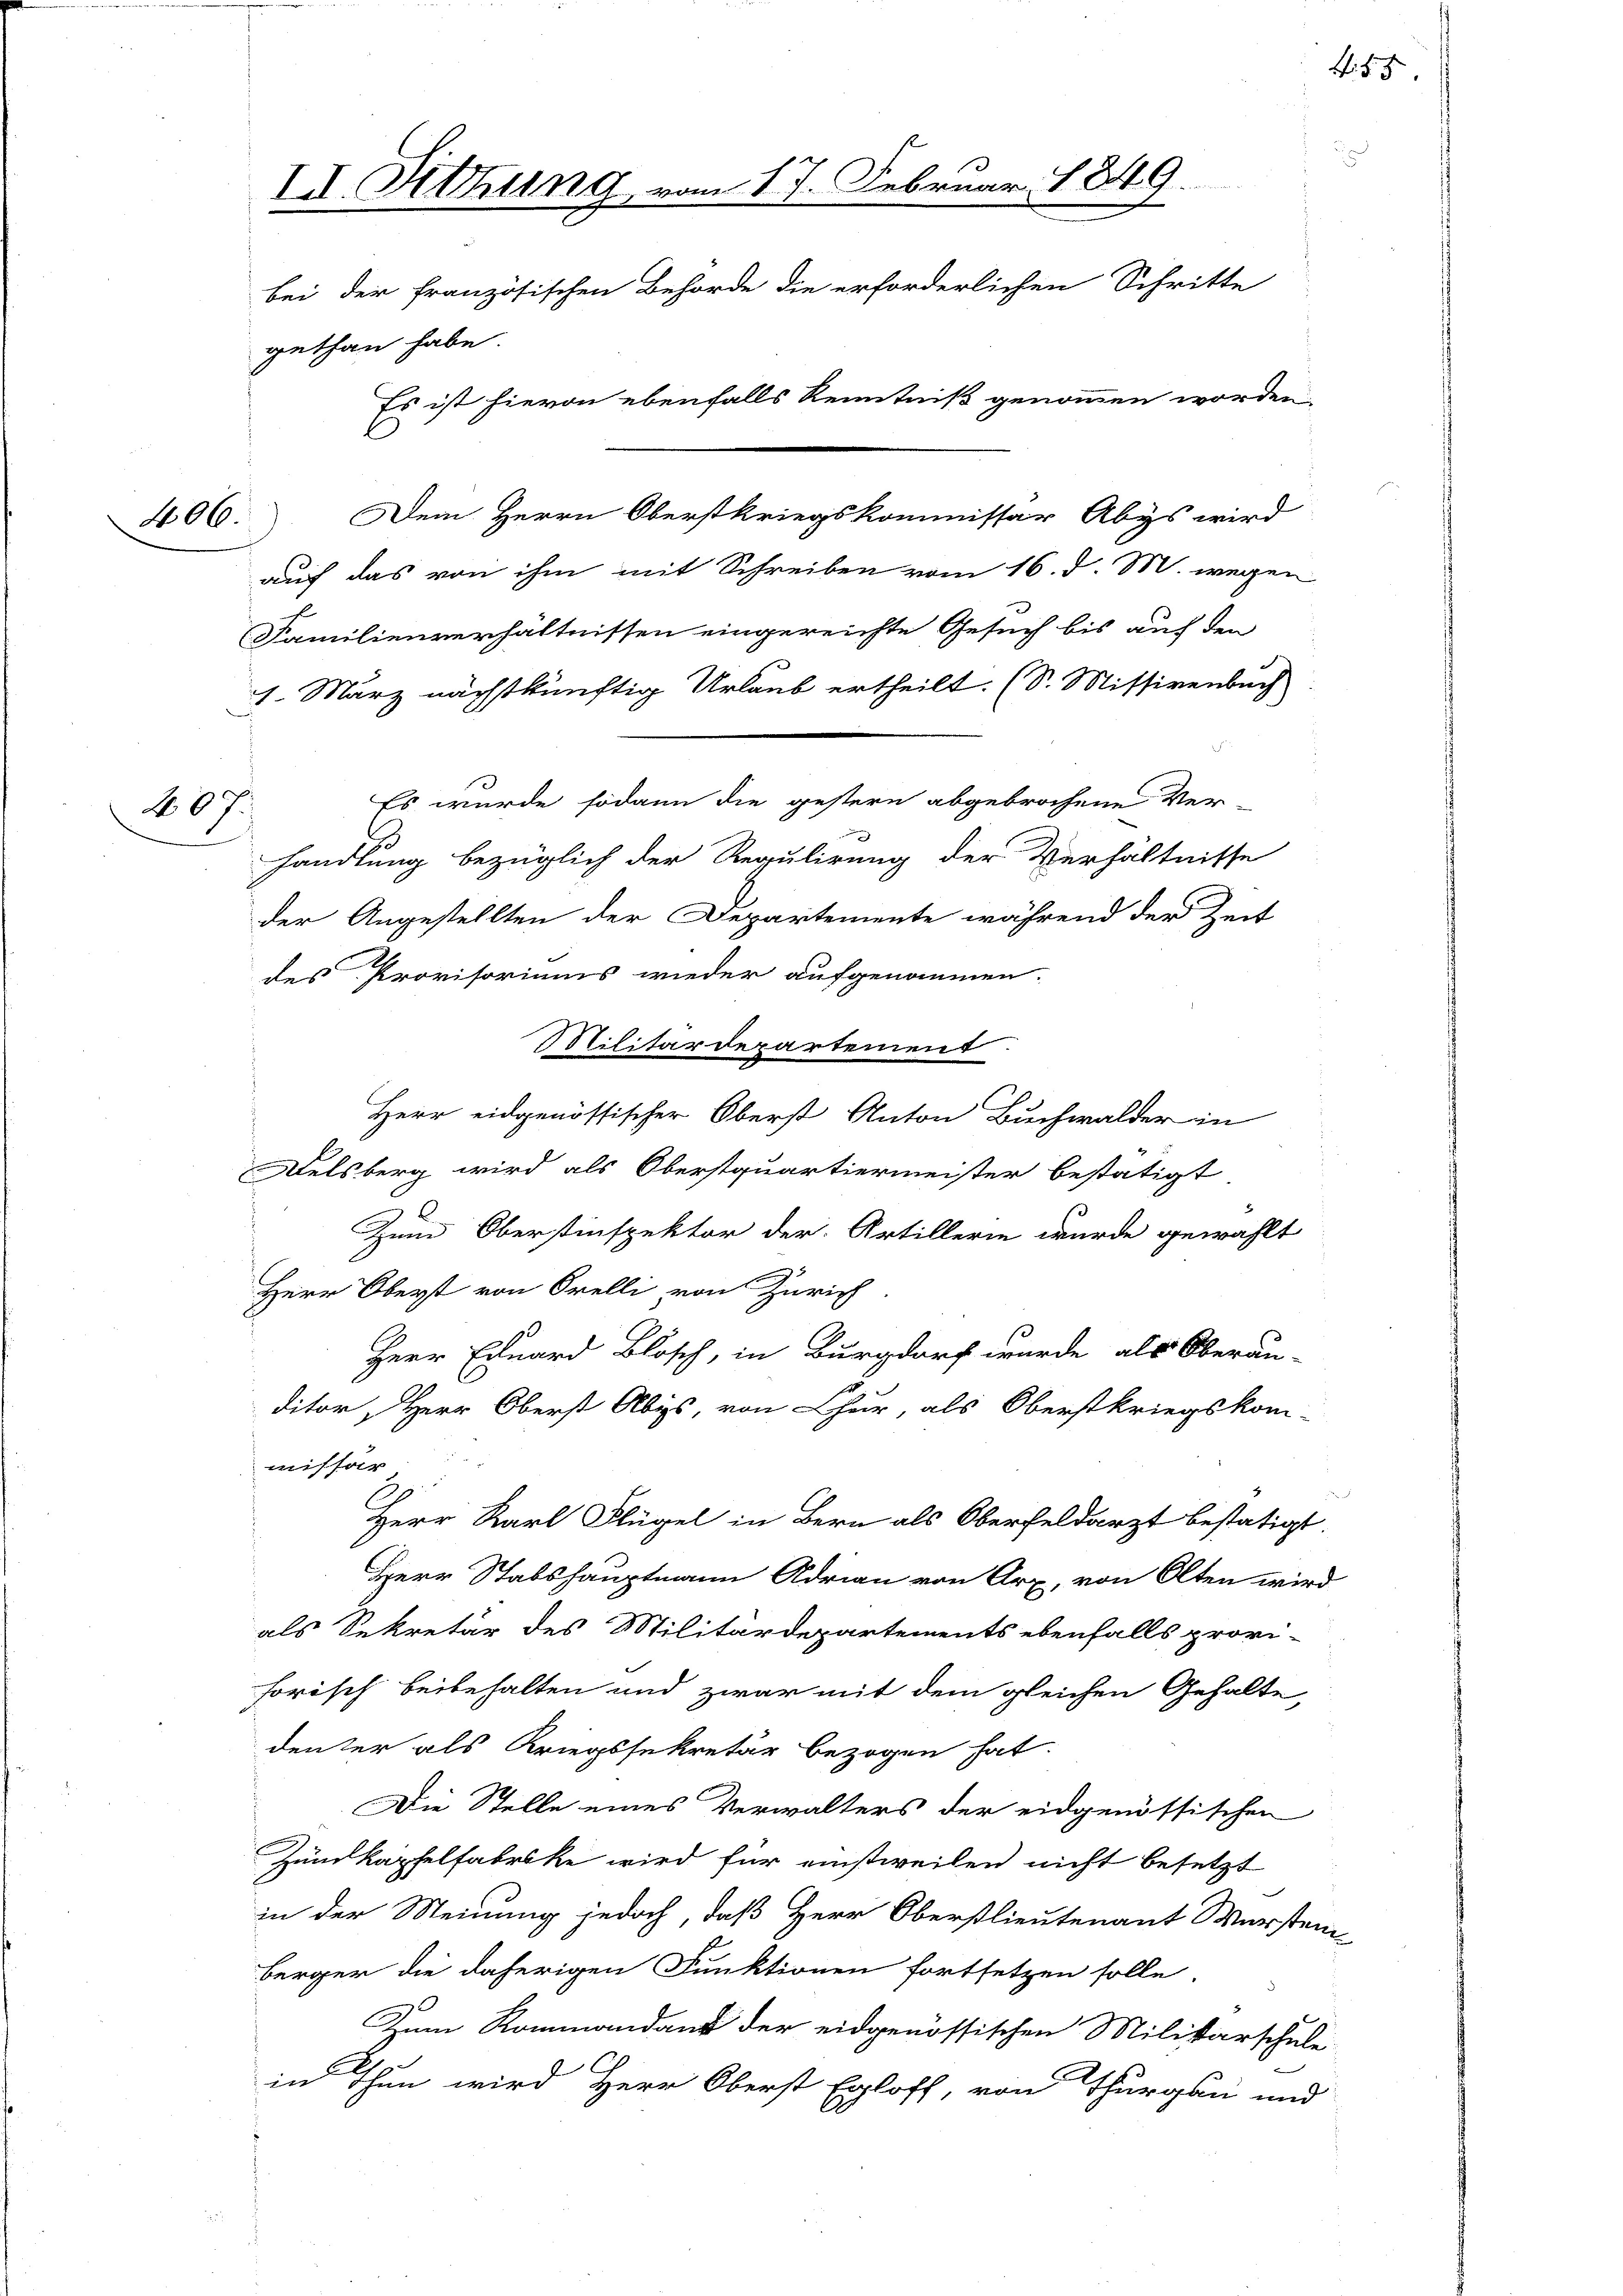
607.

II. Sitzung vom 17. Februar 1849.
bei der französischen Behörde die erforderlichen Schritte
gethan habe.
Es ist hievon ebenfalls Kenntniß genommen worden,
400. Dem Herrn Oberstkriegskommissar Abys wird
auf das von ihm mit Schreiben vom 16. d. M. wegen
Familienverhältnissen eingereichte Gesuch bis auf den
1. März nächstkünftig Urlaub ertheilt. (S. Missivenbuch

Es wurde sodann die gestern abgebrochene Ver-
handlung bezüglich der Regulirung der Verhältnisse
der Angestellten der Departemente während der Zeit
des Provisoriums wieder aufgenommen.
Herr eidgenössischer Oberst Anton Buchwalder in
Delsberg wird als Oberstquartiermeister bestätigt
Zum Oberstinspektor der Artillerin wurde gewählt
Herr Oberst von Orelli, von Zürich
Herr Eduard Blosch, in Burgdorf wurde als Oberan-
ditor Herr Oberst Albys, von Chur, als Oberstkriegskom-
missar
Herr Karl Flügel in Bern als Oberfeldarzt bestätigt
Herr Stabshauptmann Adrian von Arx, von Olten wir
als Sekretär des Militärdepartements ebenfalls provi-
forisch beibehalten und zwar mit dem gleichen Gehalte,
denter als Kriegssekretär bezogen hat.
Die Stelle eines Verwalters der eidgenössischen
Zundkapfelfabrike wird für einstweilen nicht besetzt
in der Meinung jedoch, daß Herr Oberstlieutenant Würste
berger die daherigen Funktionen fortsetzen solle.
Zum Rommandant der eidgenössischen Militarschule
in Thun wird Herr Oberst Egloff, von Thurgau und

Militärdepartement

45

2